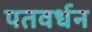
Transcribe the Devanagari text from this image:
पतवर्धन